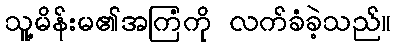
သူ့မိန်းမ၏အကြံကို လက်ခံခဲ့သည်။